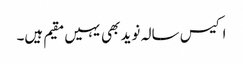
اکیس سالہ نوید بھی یہیں مقیم ہیں۔